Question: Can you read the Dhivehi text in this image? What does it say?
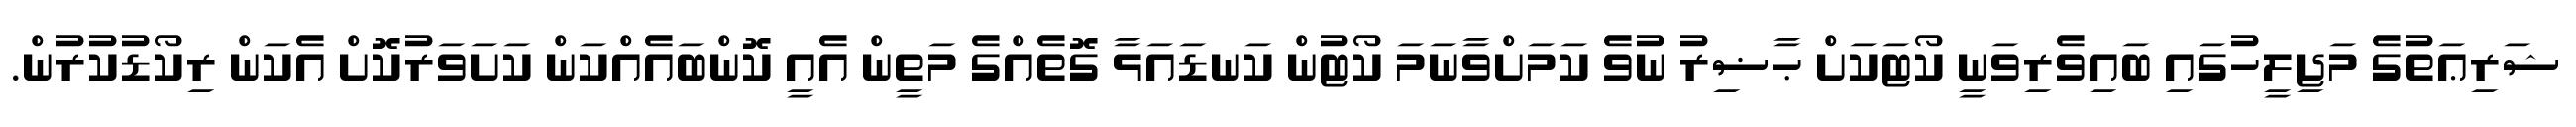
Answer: ޝަރިޢަތުގެ މަޖިލީހުގައި ބައިވެރިވަނީ ކޯޓަކަށް ޙާޟިރު ނުވެ ކަމަށްވާނަމަ ކޯޓުން ކަނޑައަޅާ ގޮތެއްގެ މަތީން އެއީ ކޮންބައެއްކަން ކަށަވަރުކޮށް އެކަން ރިކޯޑުކުރުން.